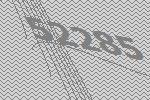
52285